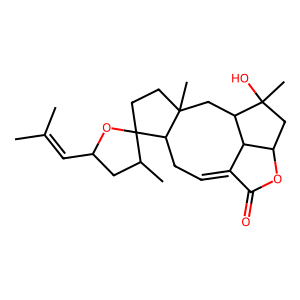
SMILES: CC(C)=CC1CC(C)C2(CCC3(C)CC4C5C(=CCC32)C(=O)OC5CC4(C)O)O1
Inhibits HIV replication: No